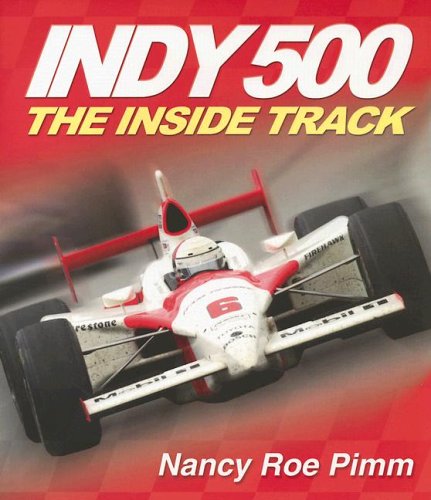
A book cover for Indy 500: The Inside Track; Nancy Roe-Pimm; Teen & Young Adult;